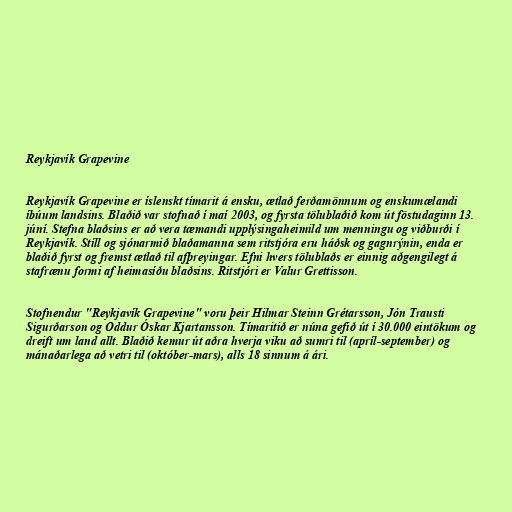
Reykjavík Grapevine

Reykjavík Grapevine er íslenskt tímarit á ensku, ætlað ferðamönnum og enskumælandi
íbúum landsins. Blaðið var stofnað í maí 2003, og fyrsta tölublaðið kom út föstudaginn 13.
júní. Stefna blaðsins er að vera tæmandi upplýsingaheimild um menningu og viðburði í
Reykjavík. Stíll og sjónarmið blaðamanna sem ritstjóra eru háðsk og gagnrýnin, enda er
blaðið fyrst og fremst ætlað til afþreyingar. Efni hvers tölublaðs er einnig aðgengilegt á
stafrænu formi af heimasíðu blaðsins. Ritstjóri er Valur Grettisson.

Stofnendur "Reykjavík Grapevine" voru þeir Hilmar Steinn Grétarsson, Jón Trausti
Sigurðarson og Oddur Óskar Kjartansson. Tímaritið er núna gefið út í 30.000 eintökum og
dreift um land allt. Blaðið kemur út aðra hverja viku að sumri til (apríl-september) og
mánaðarlega að vetri til (október-mars), alls 18 sinnum á ári.